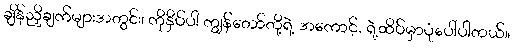
ချိန်ညှိချက်များအတွင်း၊ ကိုနှိပ်ပါ ကျွန်တော်တို့ရဲ့ အကောင့်, ရဲ့ထိပ်မှာပုံပေါ်ပါတယ်။